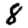
Digit: 8